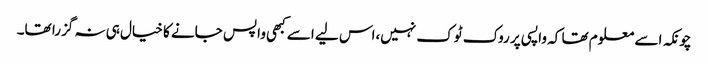
چونکہ اسے معلوم تھا کہ واپسی پر روک ٹوک نہیں،اس لیے اسے کبھی واپس جانے کا خیال ہی نہ گزرا تھا۔